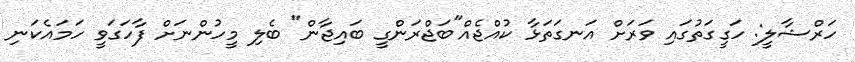
ހަރްޝާލީ: ހަގީގަތުގައި ވަރަށް އަނގަތަޅާ ކުއްޖެއް"ބަޖްރަންގީ ބައިޖާން" ބެލި މީހުންނަށް ފާހަގަވީ ހަމައެކަނި